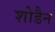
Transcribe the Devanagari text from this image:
शोडैन